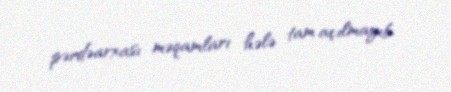
pərdəarxası məqamları hələ tam açılmayıb.